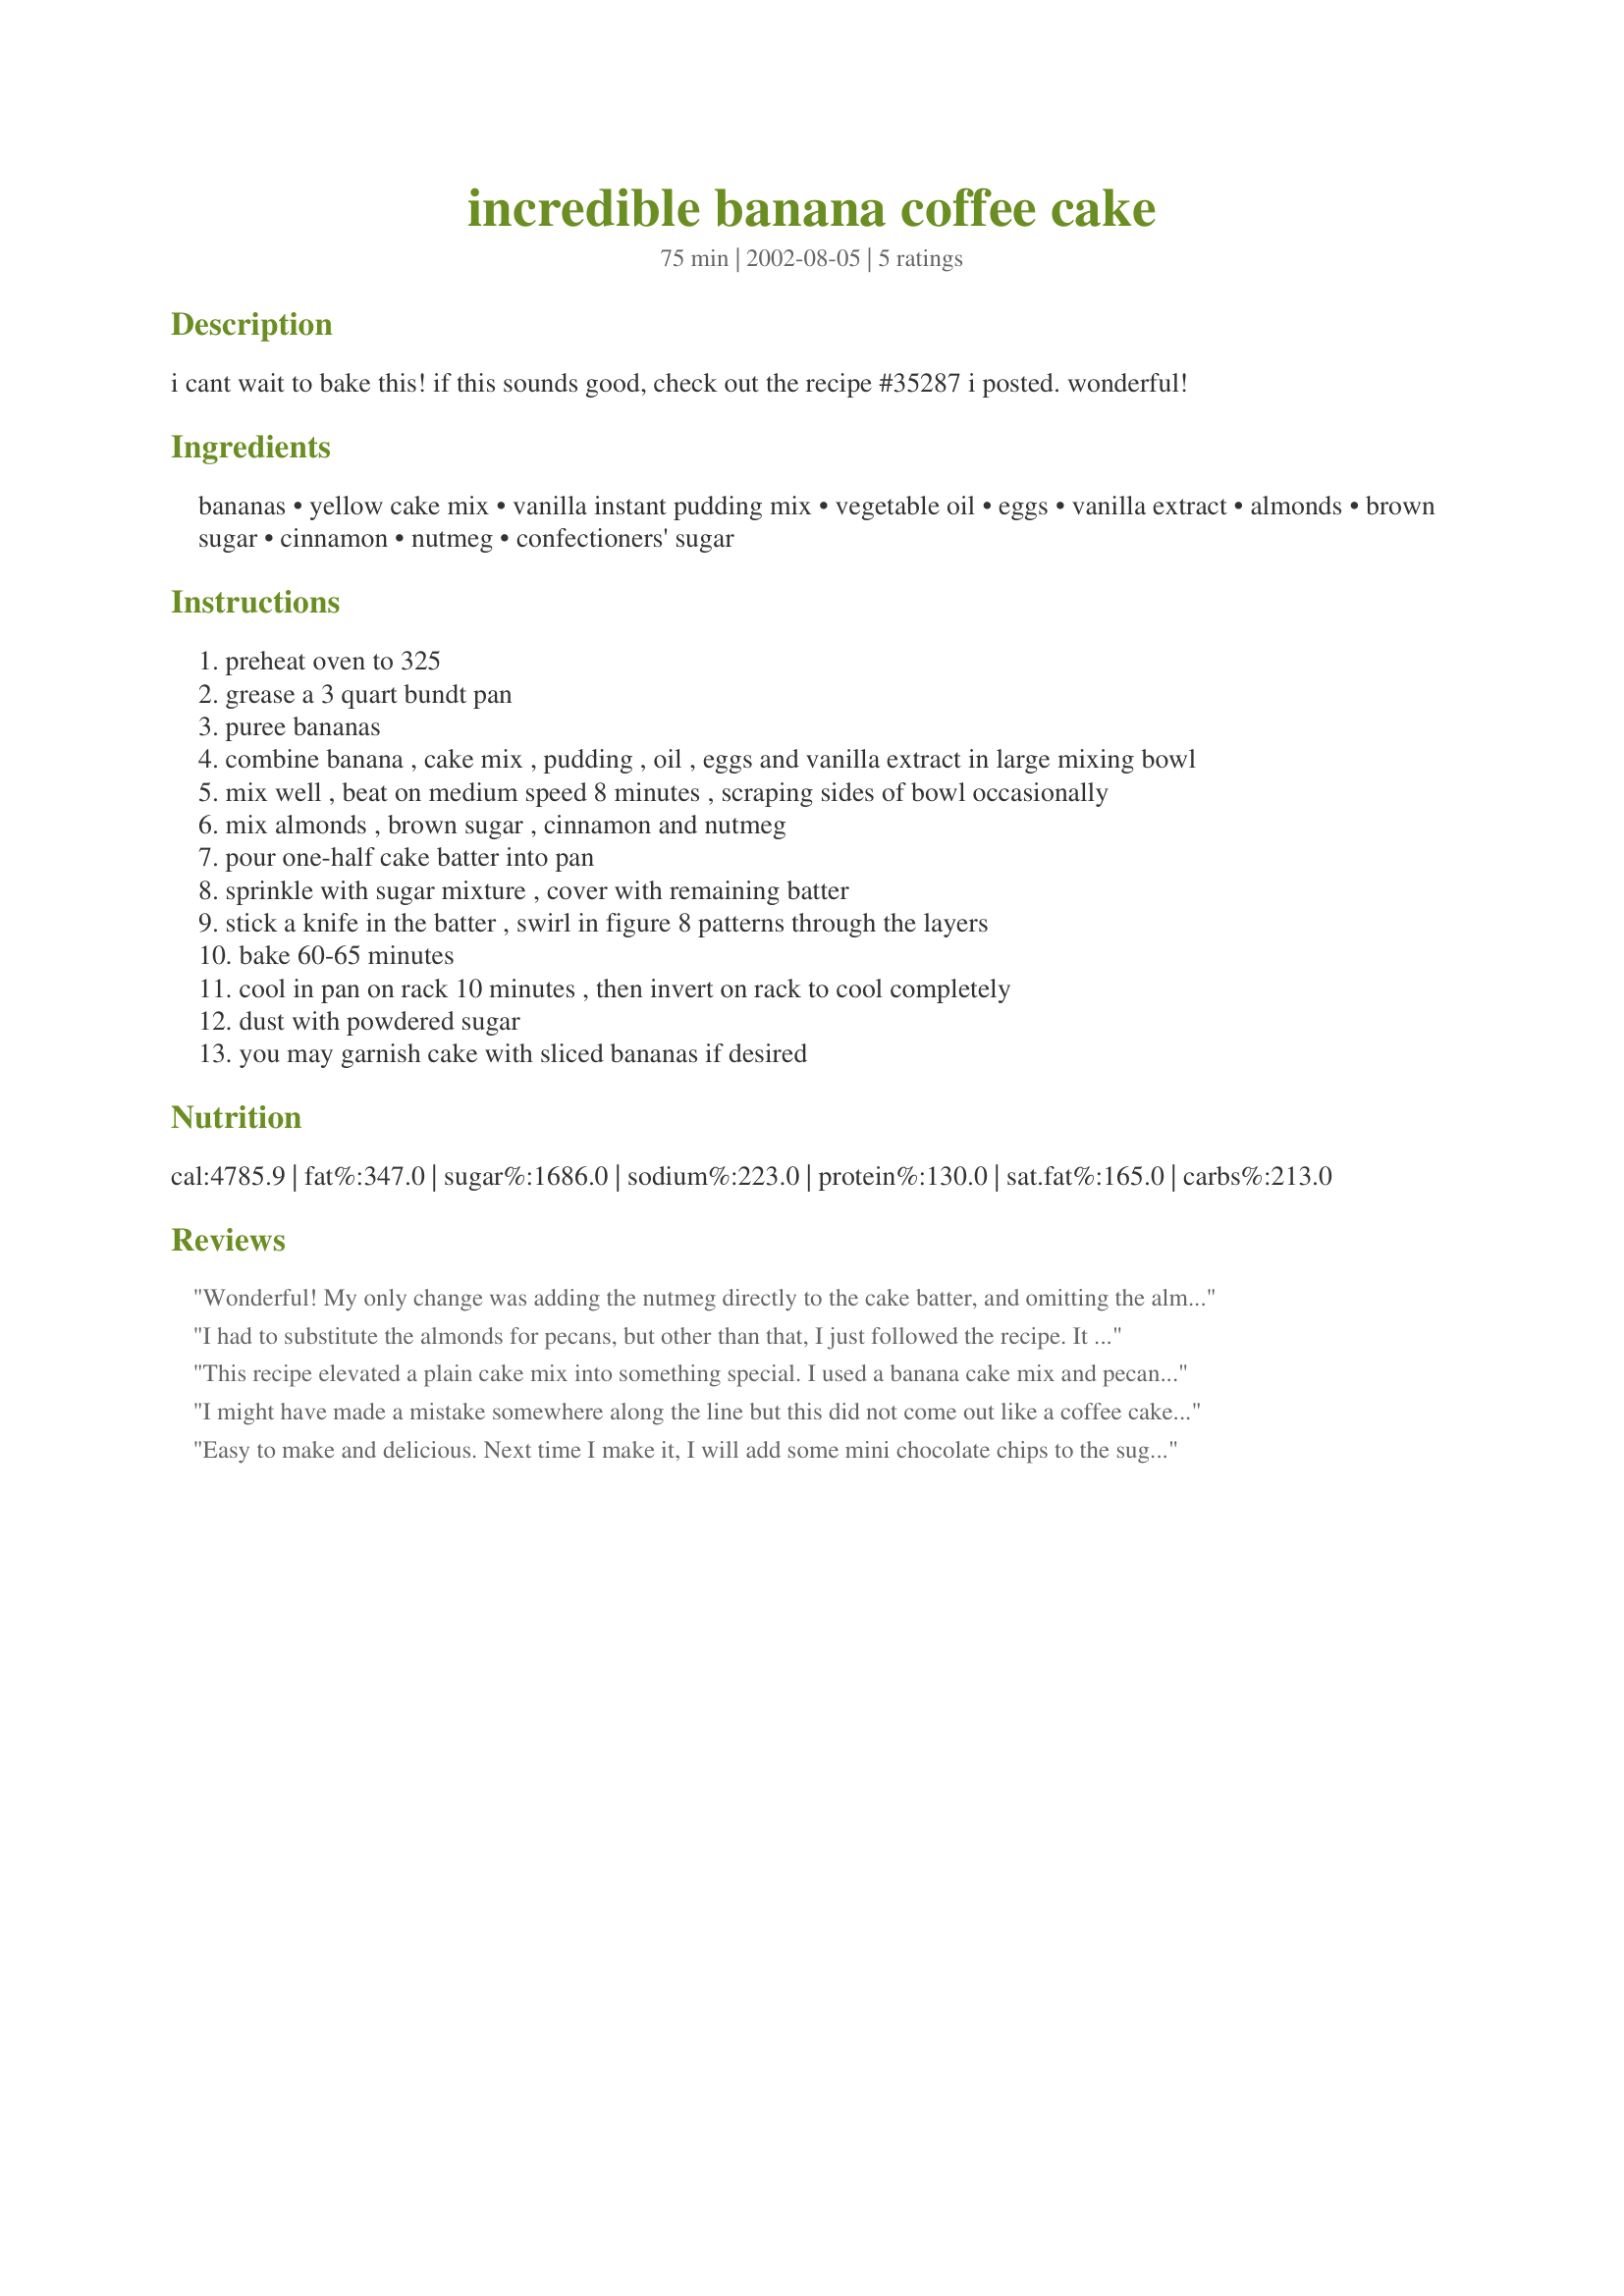
incredible banana coffee cake
Preparation time: 75 minutes

i cant wait to bake this! if this sounds good, check out the recipe #35287 i posted. wonderful!

Ingredients:
bananas, yellow cake mix, vanilla instant pudding mix, vegetable oil, eggs, vanilla extract, almonds, brown sugar, cinnamon, nutmeg, confectioners' sugar

Steps:
preheat oven to 325
grease a 3 quart bundt pan
puree bananas
combine banana , cake mix , pudding , oil , eggs and vanilla extract in large mixing bowl
mix well , beat on medium speed 8 minutes , scraping sides of bowl occasionally
mix almonds , brown sugar , cinnamon and nutmeg
pour one-half cake batter into pan
sprinkle with sugar mixture , cover with remaining batter
stick a knife in the batter , swirl in figure 8 patterns through the layers
bake 60-65 minutes
cool in pan on rack 10 minutes , then invert on rack to cool completely
dust with powdered sugar
you may garnish cake with sliced bananas if desired

Reviews:
Wonderful! My only change was adding the nutmeg directly to the cake batter, and omitting the almonds. I baked it for 55 minutes and it came out perfect. My DH says that the longer it sits, the moister it gets and I think he's right. Thanks!
I had to substitute the almonds for pecans, but other than that, I just followed the recipe. It was just delicious and just the thing to tickle my mother.
This recipe elevated a plain cake mix into something special. I used a banana cake mix and pecans instead of almonds. The cake stayed super moist and was a huge hit with my family. I skipped the powdered sugar and we thought the cake was plenty sweet without it. I saved this recipe in my favorites. Thank you for sharing the recipe!
I might have made a mistake somewhere along the line but this did not come out like a coffee cake at all, but more like a banana cinnamon swirl cake!! it is a tasty cake but it was not what i expected. I baked it in a 13X9 in pan which is what i normally use for coffee cakes. i will keep on the hunt for a great coffee cake recipe which i have not found yet :(
Easy to make and delicious. Next time I make it, I will add some mini chocolate chips to the sugar-nut mixture. I will also save some sugar-nut mixture and put it on the top of the cake before putting it in the oven.
